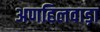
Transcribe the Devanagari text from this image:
अणहिलवाड़ा